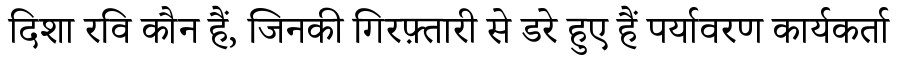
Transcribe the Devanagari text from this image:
दिशा रवि कौन हैं, जिनकी गिरफ़्तारी से डरे हुए हैं पर्यावरण कार्यकर्ता